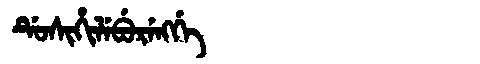
Manchu: ᡩᡠᠰᡳᡥᡳᠯᡝᠪᡠᡵᡝᠩᡤᡝ
Romanization: DUSIHILEBURENGGE